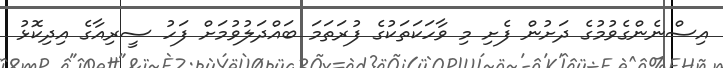
އިސްނެންގެވުމުގެ ދަށުން ފެށި މި ވާހަކަތަކުގެ ފުރަތަމަ ބައްދަލުވުމަށް ފަހު ސީރިއާގެ އިދިކޮޅު